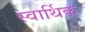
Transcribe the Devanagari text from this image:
स्वार्थिक